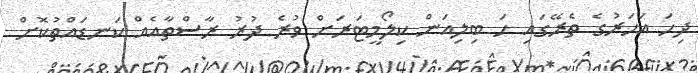
ދިހަ އަހަރުގެ ތެރޭގައި ހަ ބިލިއަން ކިލޯމީޓަރަށް ވުރެ ދުރު ރާސްތާއެއް ކަނޑައްތުކޮށް